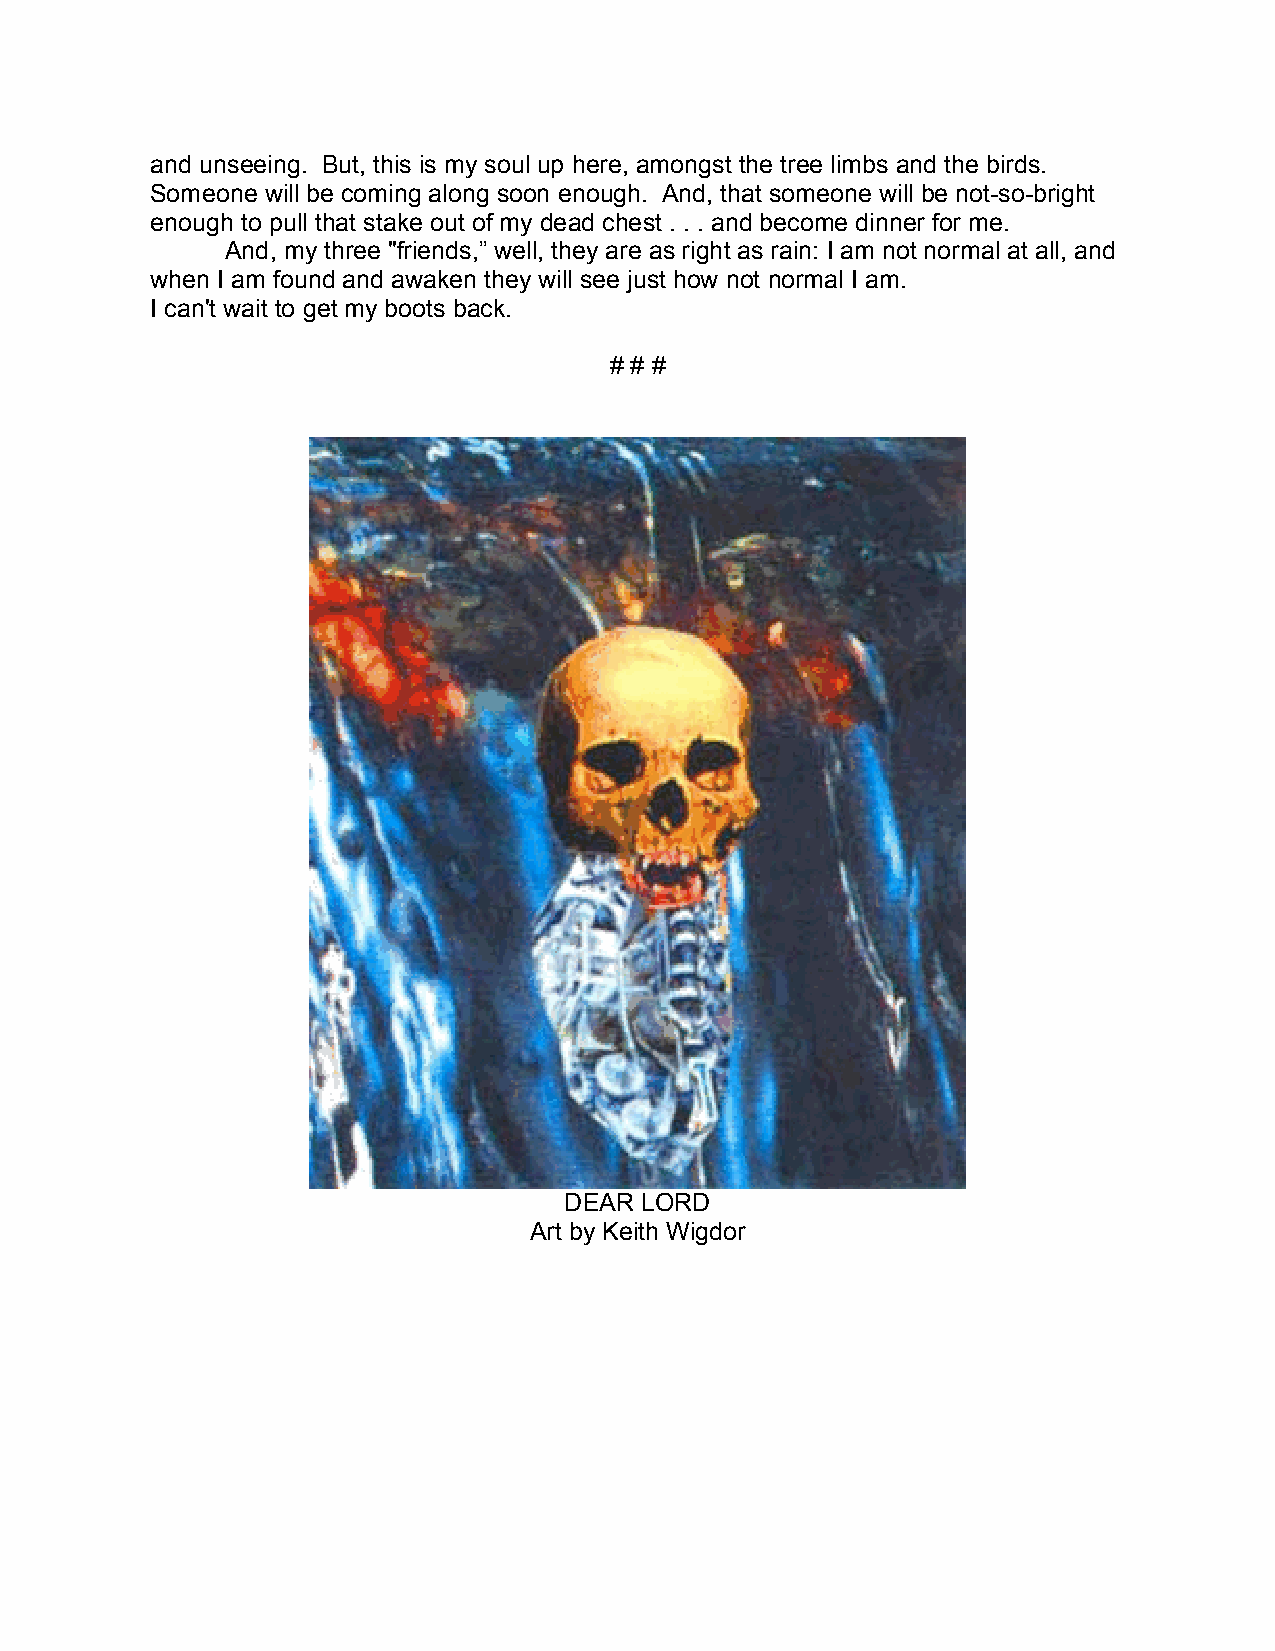
and unseeing. But, this is my soul up here, amongst the tree limbs and the birds.
 Someone will be coming along soon enough. And, that someone will be not-so-bright
 enough to pull that stake out of my dead chest . . . and become dinner for me.
 And, my three "friends,” well, they are as right as rain: I am not normal at all, and
 when I am found and awaken they will see just how not normal I am.
 I can't wait to get my boots back.
 # # #
 DEAR LORD
 Art by Keith Wigdor